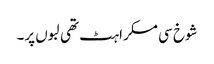
شوخ سی مسکراہٹ تھی لبوں پر۔